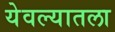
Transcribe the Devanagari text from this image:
येवल्यातला